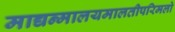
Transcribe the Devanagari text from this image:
माद्यन्मालयमालतीपरिमलो